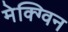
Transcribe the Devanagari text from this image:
मेक्ग्विन